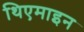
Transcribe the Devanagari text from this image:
थिएमाइन